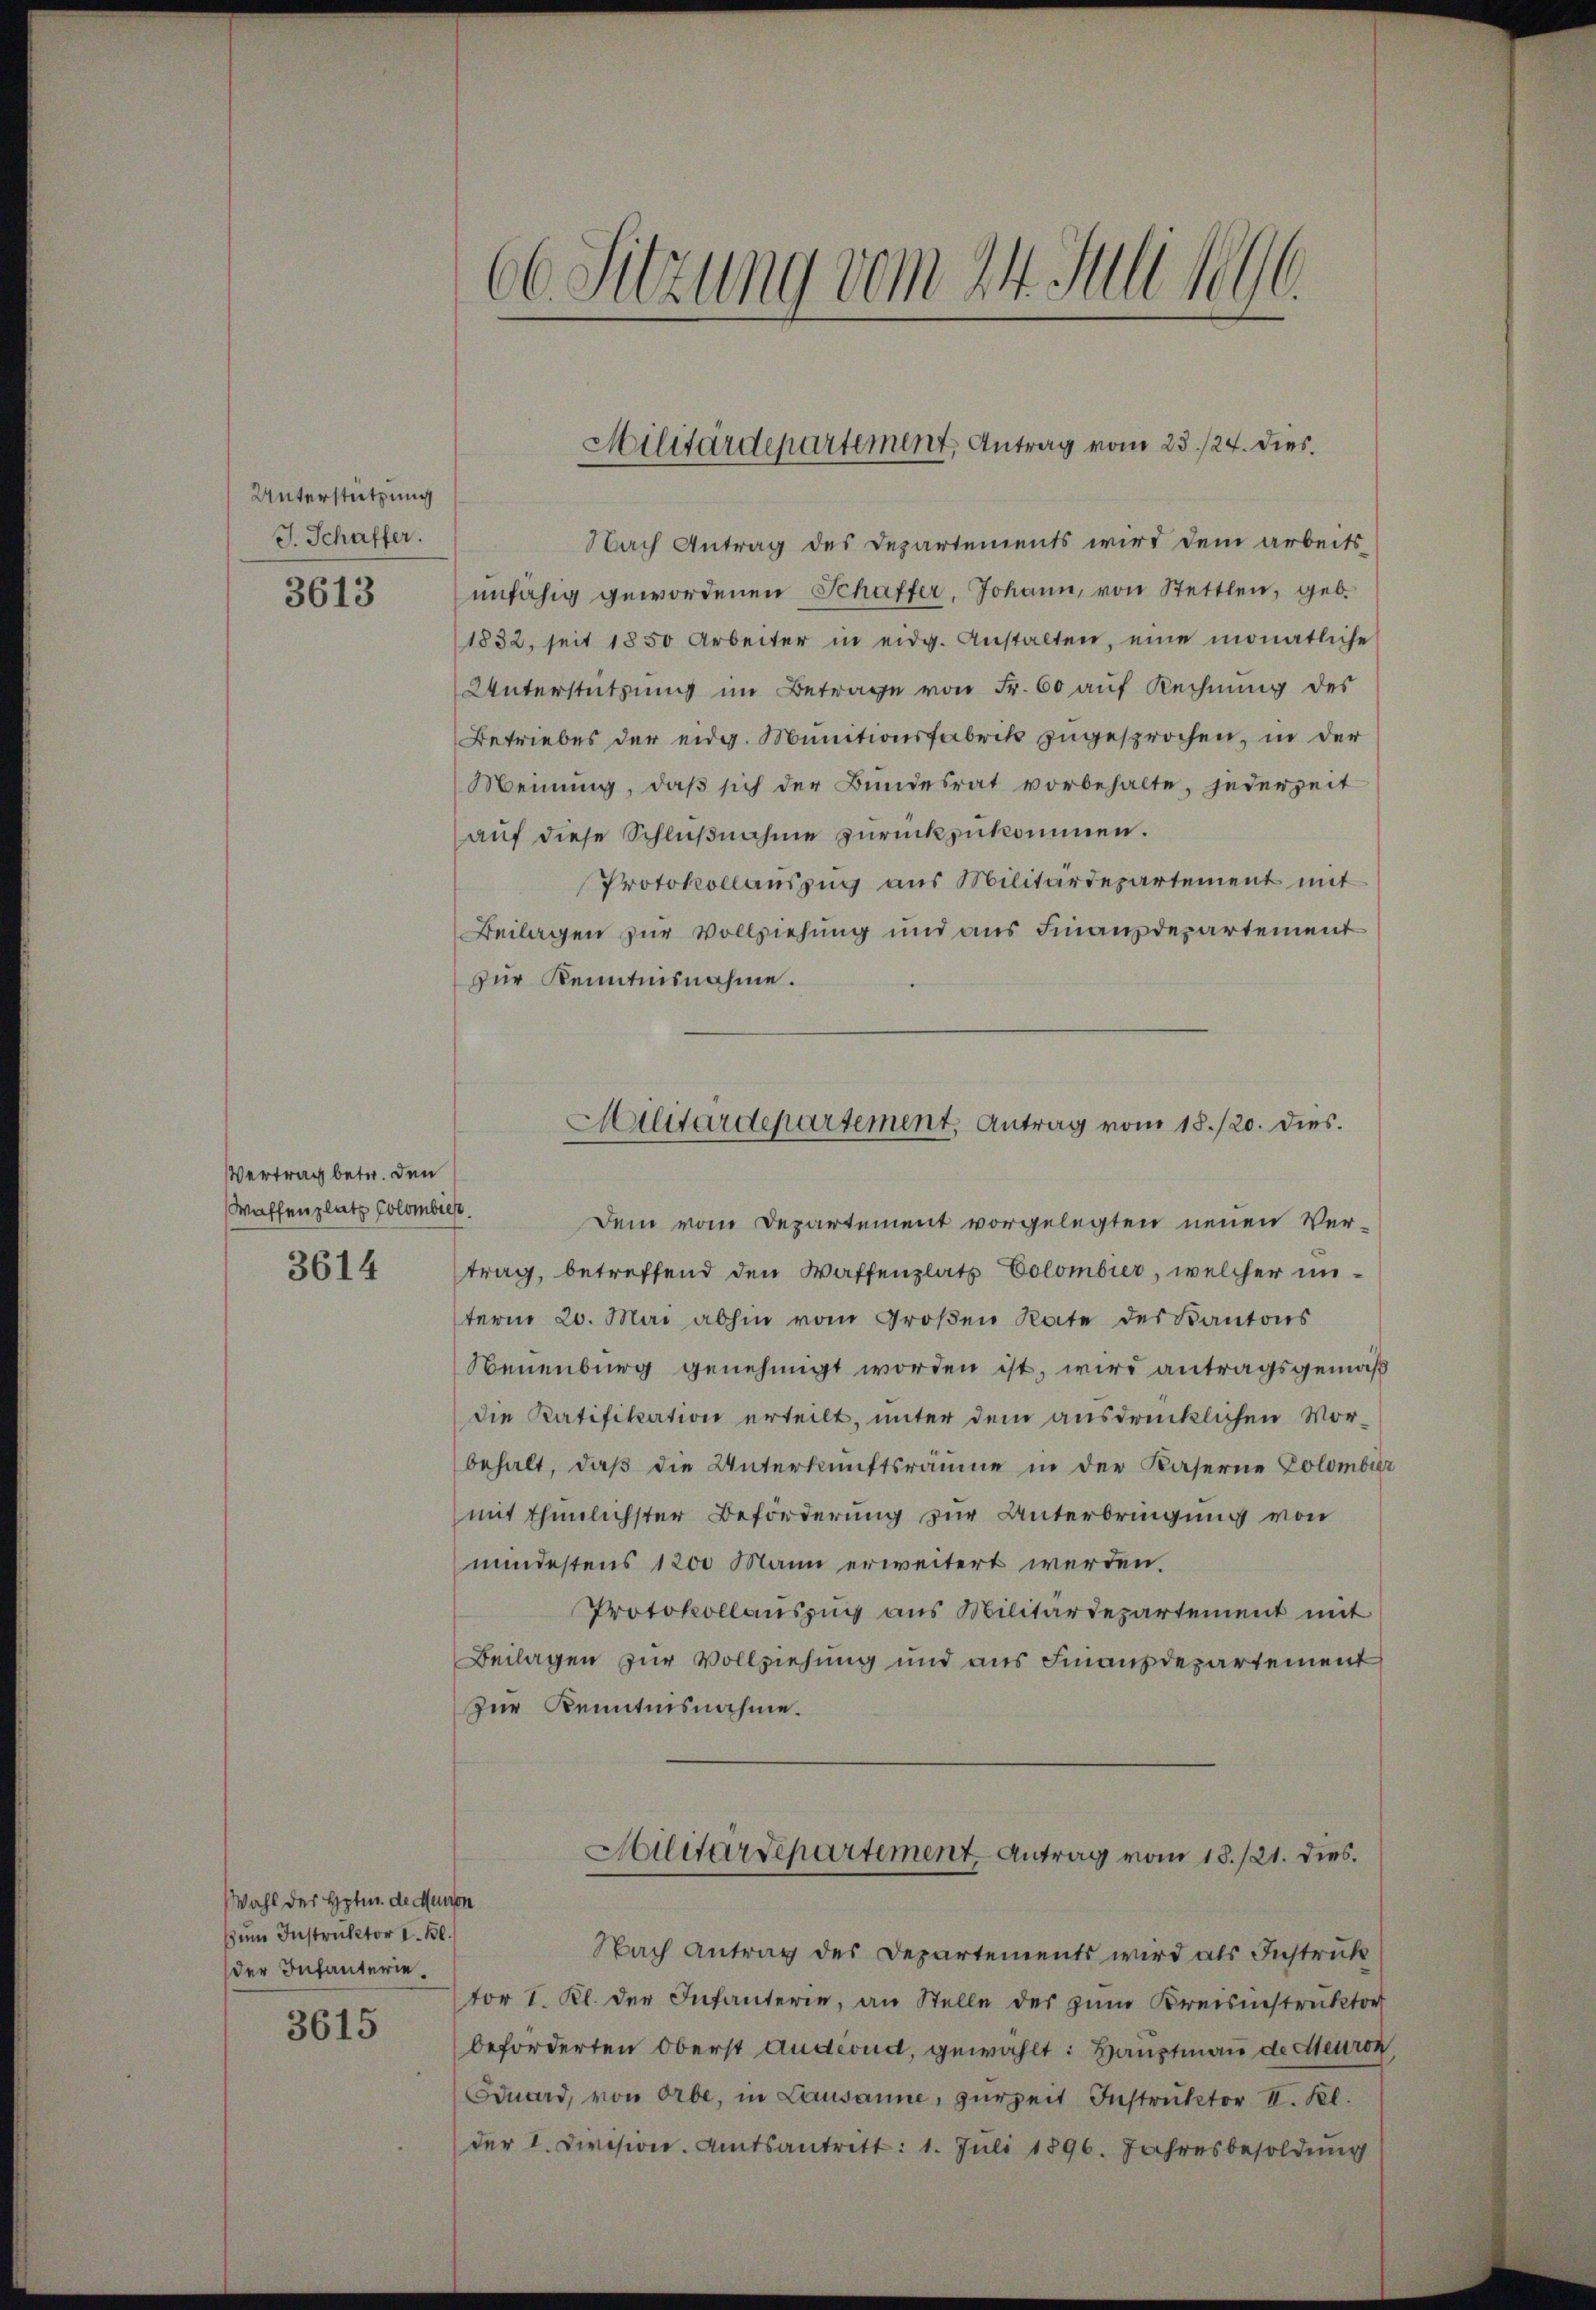
Unterstützung
J. Schaffer.
3613

Vertrag betr. den
Waffenplatz Golombres.
3614

Wahl der Hptm. de Meinen
zum Instruktor I. Kl.
der Infanterie¬

3615

06 Sitzung vom 24. Juli 1890.

Nach Antrag des Departements wird dem arbeits-
unfähig gewordenen Schaffer, Johann, von Stettlen, geb.
1832, seit 1850 Arbeiter in eidg. Anstalten, eine monatliche
Unterstützŭng im Betrage von Fr. 60 auf Rechnung des
Betriebes der eidg. Munitionsfabrik zugesprochen, in der
Meinung, daß sich der Bundesrat vorbehalte, jederzeit
auf diese Schlußnahme zurückzukommen.
Protokollauszug aus Militärdepartement mit
Beilagen zur Vollziehung und aus Finanzdepartement
zur Kenntnisnahme.
Dem vom Departement vorgelegten neuen Ver-
trag, betreffend den Waffenplatz Eclombier, welcher unterm 20. Mai abhin vom Groβen Rate der Kantons
Neuenburg genehmigt worden ist, wird antragsgemäß
die Ratifikation erteilt, unter dem ausdrücklichen Vorbehalt, daβ die Unterkunftsräume in der Kaserne Colombar
mit thunlichster Beförderung zur Unterbringung von
mindestens 1200 Mann erweitert werden.
Protokollauszug aus Militärdepartement mit
Beilagen zur Vollziehung und aus Finanzdepartement
Zur Kenntnisnahme.
Aalitärdepartement. Antrag vom 18./21. dies
Nach Antrag des Departements wird als Instruck
vor I. Kl. der Infanterie, an Stelle des zum Kreisinstruktor
beförderten Oberst Anderndt, gewählt: Hauptmaṅ de ceuron,
Eduard, von Orbe, in Lausanne, zurzeit Instruktor II. Kl.
der l. Civision. Amtsantritt: 1. Jŭli 1896. Jahresbesoldŭng

Militärdepartement, Antrag vom 23./24. dies.

Militärdepartement, Antrag vom 18./20. dies